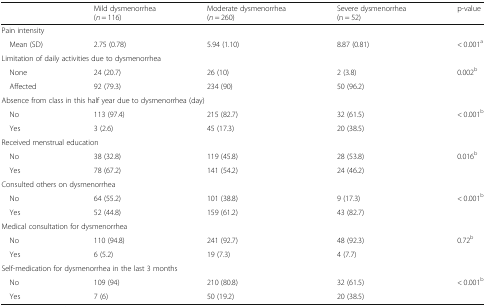
|  | Mild dysmenorrhea(n = 116) | Moderate dysmenorrhea(n = 260) | Severe dysmenorrhea(n = 52) | p-value |
 | --- | --- | --- | --- | --- |
 | <COLSPAN=5> Pain intensity |
 | Mean (SD) | 2.75 (0.78) | 5.94 (1.10) | 8.87 (0.81) | < 0.001a |
 | <COLSPAN=5> Limitation of daily activities due to dysmenorrhea |
 | None | 24 (20.7) | 26 (10) | 2 (3.8) | 0.002b |
 | Affected | 92 (79.3) | 234 (90) | 50 (96.2) |  |
 | <COLSPAN=5> Absence from class in this half year due to dysmenorrhea (day) |
 | No | 113 (97.4) | 215 (82.7) | 32 (61.5) | < 0.001b |
 | Yes | 3 (2.6) | 45 (17.3) | 20 (38.5) |  |
 | <COLSPAN=5> Received menstrual education |
 | No | 38 (32.8) | 119 (45.8) | 28 (53.8) | 0.016b |
 | Yes | 78 (67.2) | 141 (54.2) | 24 (46.2) |  |
 | <COLSPAN=5> Consulted others on dysmenorrhea |
 | No | 64 (55.2) | 101 (38.8) | 9 (17.3) | < 0.001b |
 | Yes | 52 (44.8) | 159 (61.2) | 43 (82.7) |  |
 | <COLSPAN=5> Medical consultation for dysmenorrhea |
 | No | 110 (94.8) | 241 (92.7) | 48 (92.3) | 0.72b |
 | Yes | 6 (5.2) | 19 (7.3) | 4 (7.7) |  |
 | <COLSPAN=5> Self-medication for dysmenorrhea in the last 3 months |
 | No | 109 (94) | 210 (80.8) | 32 (61.5) | < 0.001b |
 | Yes | 7 (6) | 50 (19.2) | 20 (38.5) |  |